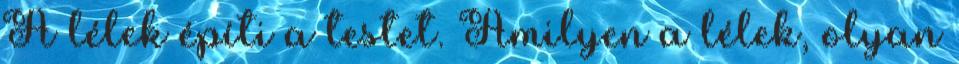
A lélek építi a testet. Amilyen a lélek, olyan